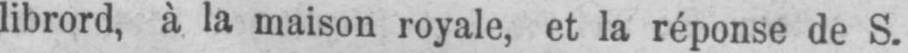
librord, à la maison royale, et la réponse de S.